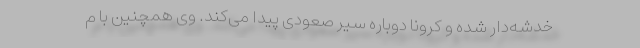
خدشه‌دار شده و کرونا دوباره سیر صعودی پیدا می‌کند. وی همچنین با م